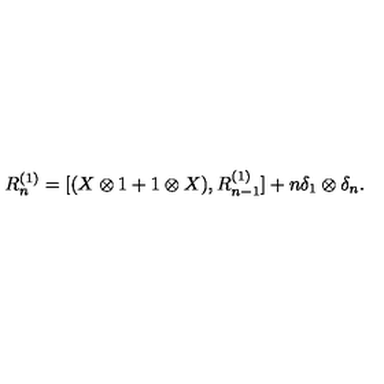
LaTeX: R _ { n } ^ { ( 1 ) } = [ ( X \otimes 1 + 1 \otimes X ) , R _ { n - 1 } ^ { ( 1 ) } ] + n \delta _ { 1 } \otimes \delta _ { n } .